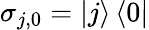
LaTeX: \sigma_{j,0}=\left.\vert j\right\rangle\left\langle 0\vert\right.